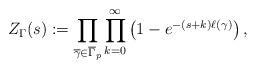
LaTeX: \begin{align*}Z_{\Gamma}(s) := \prod_{\overline{\gamma}\in \overline{\Gamma}_{p}} \prod_{k=0}^{\infty} \left( 1-e^{-(s+k)\ell(\gamma)}\right),\end{align*}